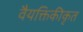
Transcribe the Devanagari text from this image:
वैयक्तिकीकृत